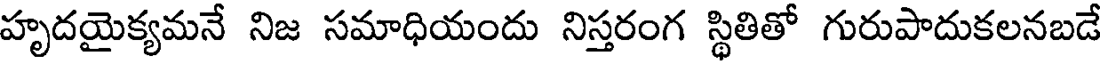
హృదయైక్యమనే నిజ సమాధియందు నిస్తరంగ స్థితితో గురుపాదుకలనబడే